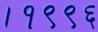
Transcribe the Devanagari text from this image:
।१९९६